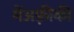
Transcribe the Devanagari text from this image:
मेंअफ़्रीकी